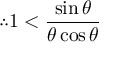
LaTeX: \begin{array} { r l } { s ( x ) } & { { } = { \frac { a _ { 0 } } { 2 } } + \sum _ { n = 1 } ^ { \infty } \left[ a _ { n } \cos \left( n x \right) + b _ { n } \sin \left( n x \right) \right] } \end{array}